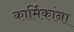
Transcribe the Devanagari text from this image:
कार्मिकांना